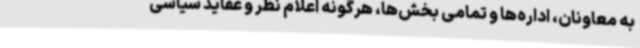
به معاونان، اداره‌ها و تمامی بخش‌ها، هرگونه اعلام نظر و عقاید سیاسی